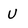
Character: U